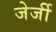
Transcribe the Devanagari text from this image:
जेर्जी